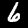
Label: 6